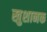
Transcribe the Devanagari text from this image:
खुशानक